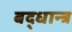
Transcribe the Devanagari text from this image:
बद्धान्त्र